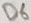
Text: D6